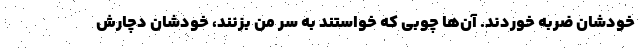
خودشان ضربه خوردند. آن‌ها چوبی که خواستند به سر من بزنند، خودشان دچارش